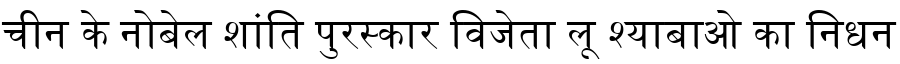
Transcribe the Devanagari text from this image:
चीन के नोबेल शांति पुरस्कार विजेता लू श्याबाओ का निधन